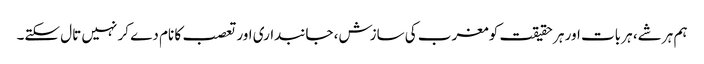
ہم ہر شے، ہر بات اور ہر حقیقت کو مغرب کی سازش، جانبداری اور تعصب کا نام دے کر نہیں تال سکتے۔